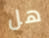
هل